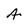
Character: A